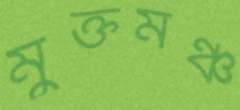
মুক্তমঞ্চ